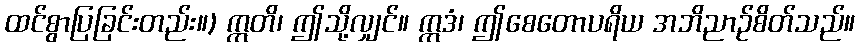
ထင်စွာပြခြင်းတည်း။) ဣတိ၊ ဤသို့လျှင်။ ဣဒံ၊ ဤစေတောပရိယ အဘိညာဉ်စိတ်သည်။